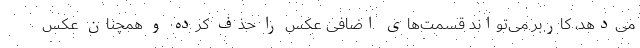
می‌دهد، کاربر می‌تواند قسمت‌های اضافی عکس را حذف کرده و همچنان عکس